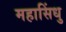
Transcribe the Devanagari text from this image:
महासिंधु